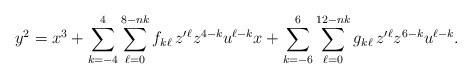
\begin{align*}y^2=x^3+\sum_{k=-4}^{4}\sum_{\ell=0}^{8-nk} f_{k\ell}\,z'{}^\ell z^{4-k}u^{\ell-k}x+\sum_{k=-6}^{6}\sum_{\ell=0}^{12-nk} g_{k\ell}\,z'{}^\ell z^{6-k}u^{\ell-k}.\end{align*}